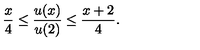
\frac x 4 \leq \frac { u ( x ) } { u ( 2 ) } \leq \frac { x + 2 } { 4 } .